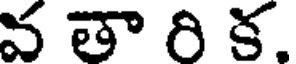
వ తా రి క.